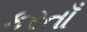
કરતાઁ